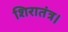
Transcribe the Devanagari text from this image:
शिरातंत्र।